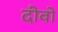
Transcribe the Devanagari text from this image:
दीवो